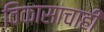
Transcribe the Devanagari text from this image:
विकासाचाही